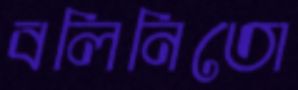
বলিনিতো